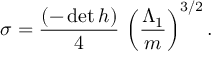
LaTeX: \sigma = \frac { ( - \operatorname * { d e t } h ) } { 4 } \, \left( \frac { \Lambda _ { 1 } } { m } \right) ^ { 3 / 2 } .